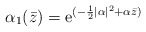
\begin{align*}\alpha_1 (\bar z)= {\rm e}^{(-\frac12 \vert \alpha\vert^2 + \alpha {\bar z})}\end{align*}